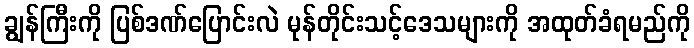
ချွန်ကြီးကို ပြစ်ဒဏ်ပြောင်းလဲ မုန်တိုင်းသင့်ဒေသများကို အထုတ်ခံရမည်ကို